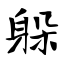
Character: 躲